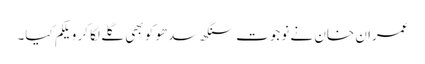
عمران خان نے نوجوت سنگھ سدھو کو بھی گلے لگا کر ویلکم کیا۔